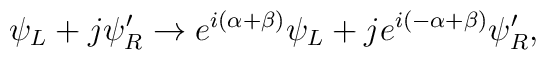
\psi_L + j \psi'_R \to e^{i(\alpha + \beta)} \psi_L + j e^{i(-\alpha +\beta)} \psi'_R,